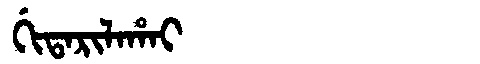
Manchu: ᡤᡳᡨᠠᡵᡳᠯᠠᡥᠠᡳ
Romanization: GITARILAHAI